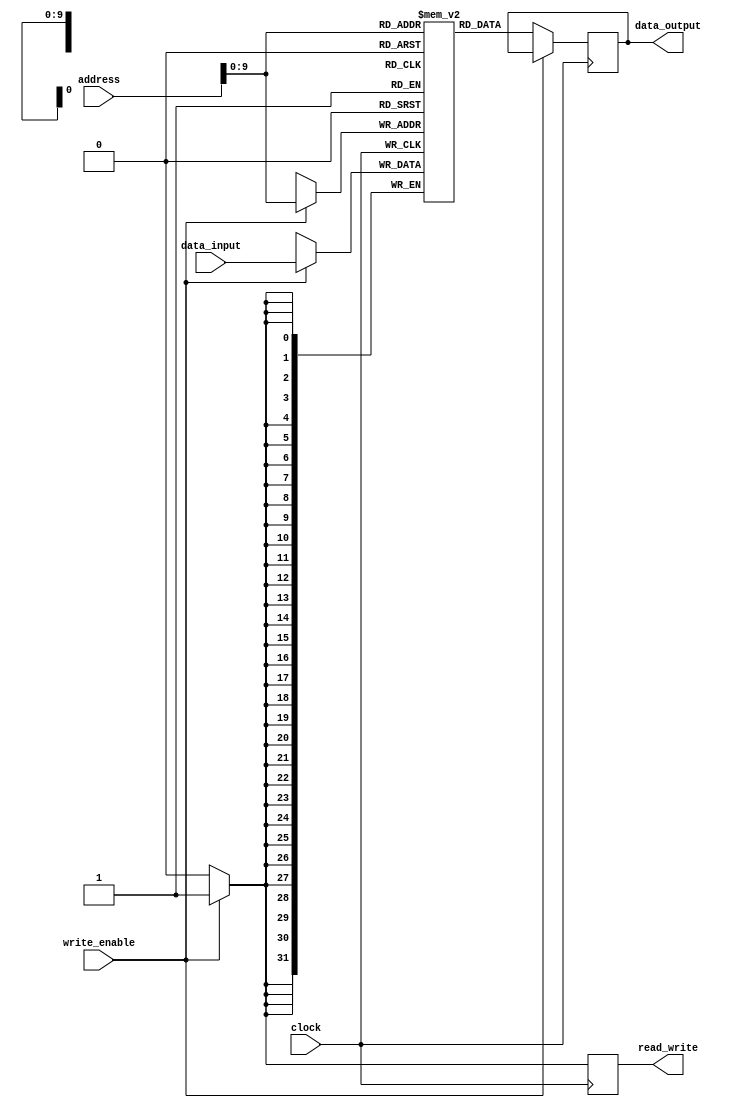
module RAM (
    input [31:0] address,
    input [31:0] data_input,
    input write_enable,
    input clock,
    output reg [31:0] data_output,
    output reg read_write
);

parameter MEM_SIZE = 1024; // Define memory array size
reg [31:0] memory [0:MEM_SIZE-1]; // Define memory array

always @(posedge clock) begin
    if (write_enable) begin
        memory[address] <= data_input; // Write operation
        read_write <= 1'b1; // Set to indicate write operation
    end
    else begin
        data_output <= memory[address]; // Read operation
        read_write <= 1'b0; // Set to indicate read operation
    end
end

endmodule